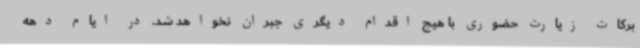
برکات زیارت حضوری با هیچ اقدام دیگری جبران نخواهد شد. در ایام دهه